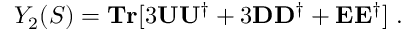
Y _ { 2 } ( S ) = { \bf T r } [ 3 { \bf U U ^ { \dagger } } + 3 { \bf D D ^ { \dagger } } + { \bf E E ^ { \dagger } } ] \; .